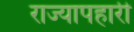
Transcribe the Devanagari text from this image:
राज्यापहारी